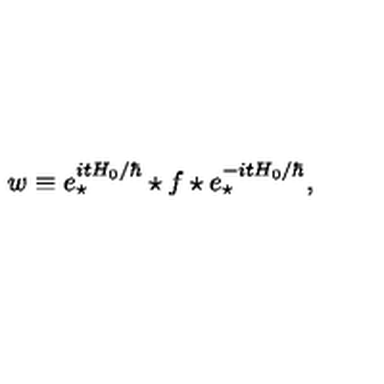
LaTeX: w \equiv e _ { \star } ^ { i t H _ { 0 } / \hbar } \star f \star e _ { \star } ^ { - i t H _ { 0 } / \hbar } ,